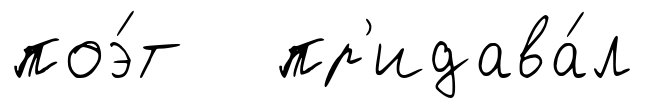
поэ́т пр'идава́л